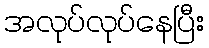
အလုပ်လုပ်နေပြီး